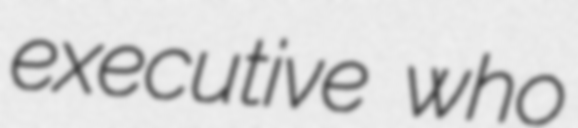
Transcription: executive who